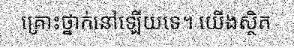
គ្រោះថ្នាក់នៅឡើយទេ។ យើងស្ថិត